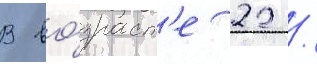
В во́зраст'е 22 /